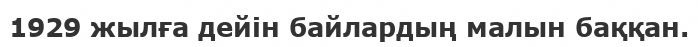
1929 жылға дейін байлардың малын баққан.